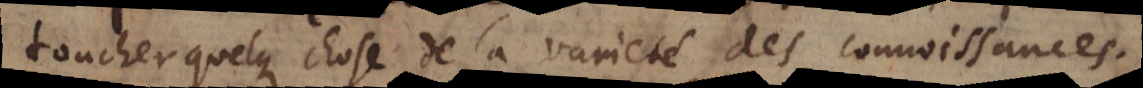
toucher quelque chose de la varieté des connoissances.